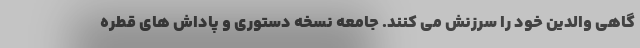
گاهی والدین خود را سرزنش می کنند. جامعه نسخه دستوری و پاداش های قطره